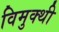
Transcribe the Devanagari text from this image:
विमुक्थी